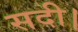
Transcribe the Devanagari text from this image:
सदी।